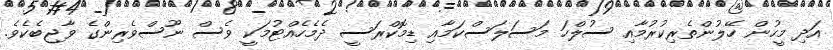
އަދި މީހުން ހޭލުންތެރިކުރުމާއި ސުލްހަ މަސަލަސްކަމާއި ޑިމޮކްރަސީ ދެމެހެއްޓުމަކީ ވެސް ނޫސްވެރިންގެ ވާޖިބެކެވެ.